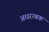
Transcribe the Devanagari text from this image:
अधरत्वक